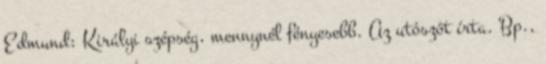
Edmund: Királyi szépség, mennynél fényesebb. Az utószót írta. Bp.,